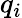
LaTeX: q_{i}